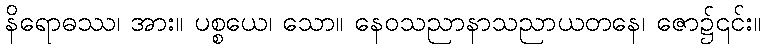
နိရောဓဿ၊ အား။ ပစ္စယေ၊ သော။ နေဝသညာနာသညာယတနေ၊ ဇော၌၎င်း။